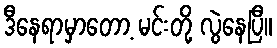
ဒီနေရာမှာတော့ မင်းတို့ လွဲနေပြီ။